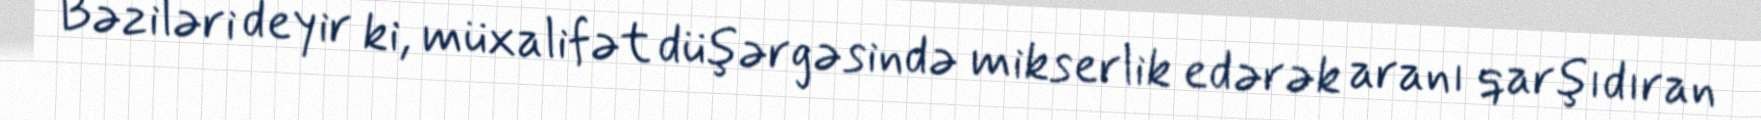
Bəziləri deyir ki, müxalifət düşərgəsində mikserlik edərək aranı qarşıdıran